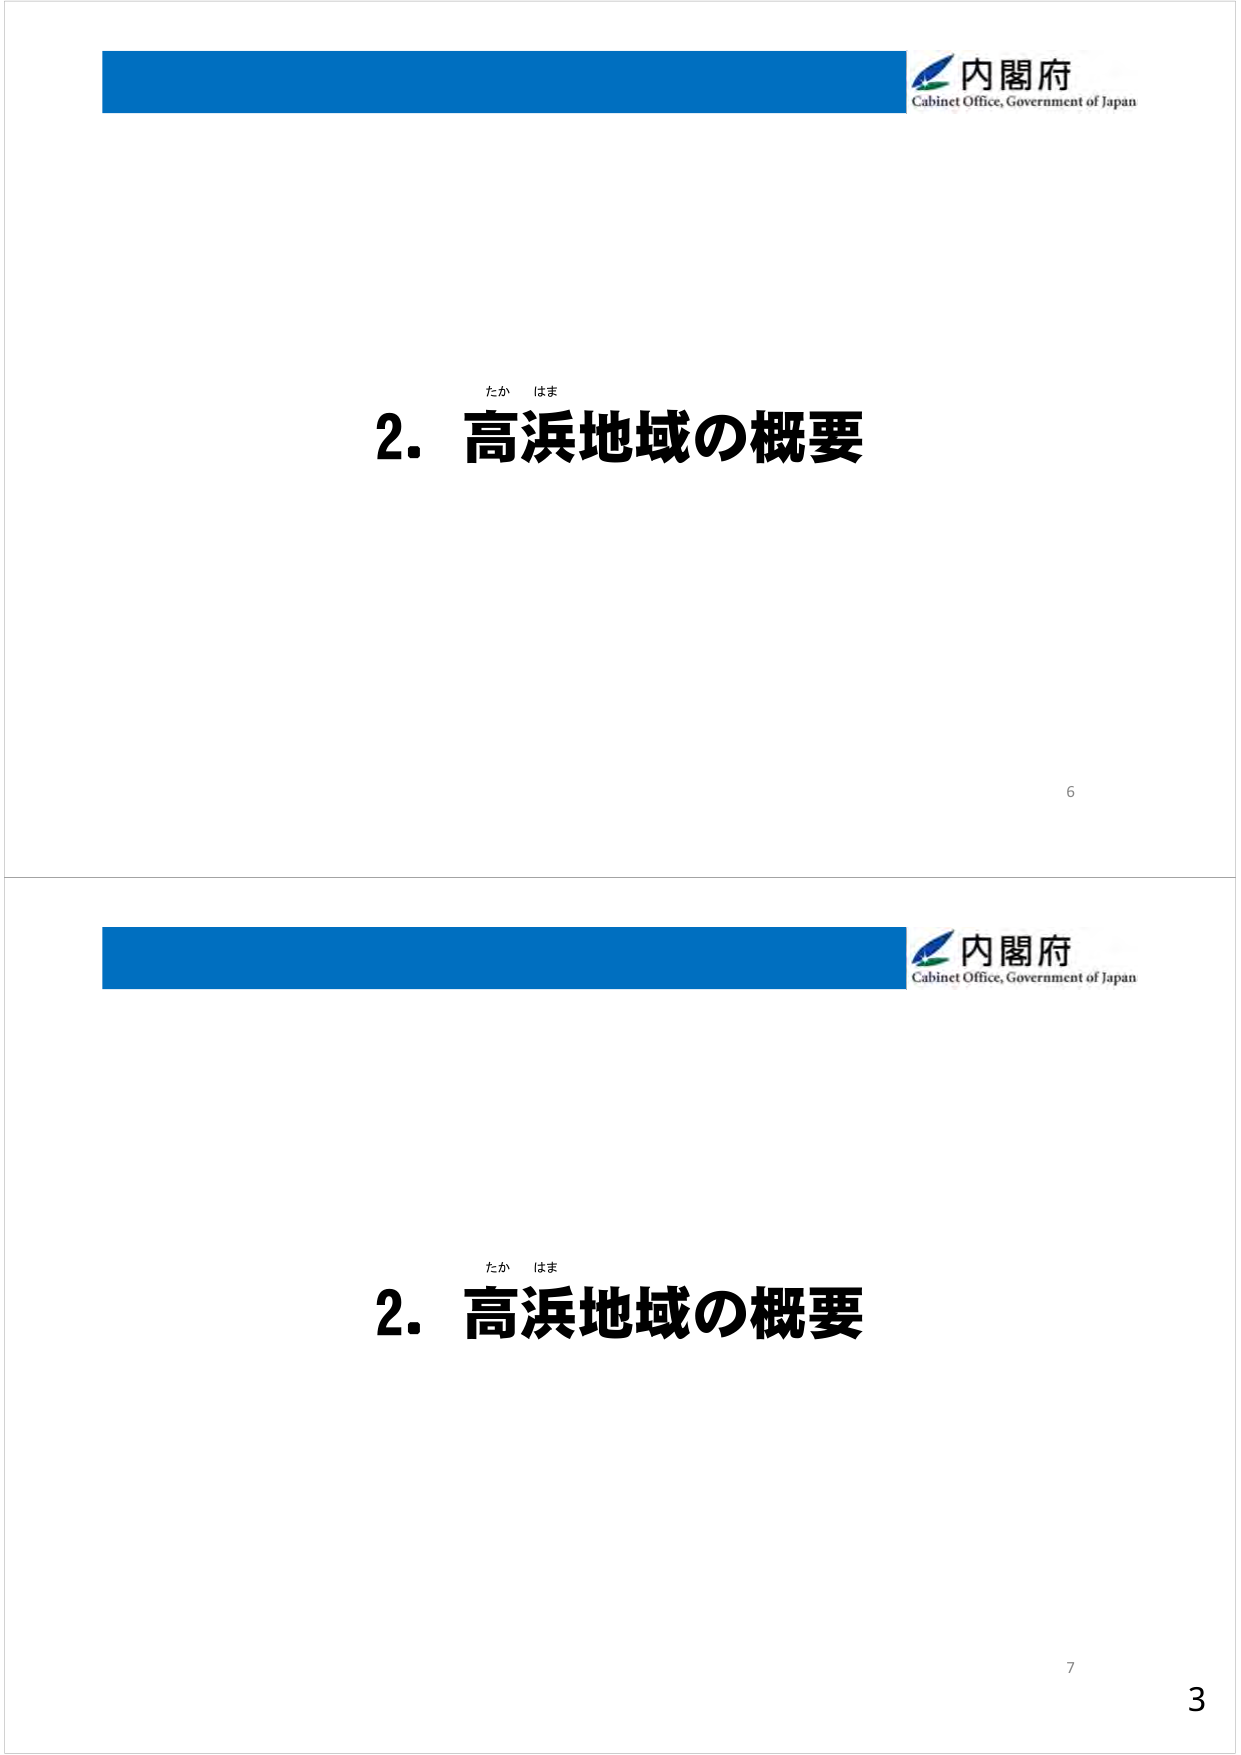
内閣府
Cabinet Office, Government of Japan

2. 高浜地域の概要
たか はま

6

内閣府
Cabinet Office, Government of Japan

2. 高浜地域の概要
たか はま

7
3